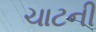
ચાટની